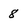
Character: 8